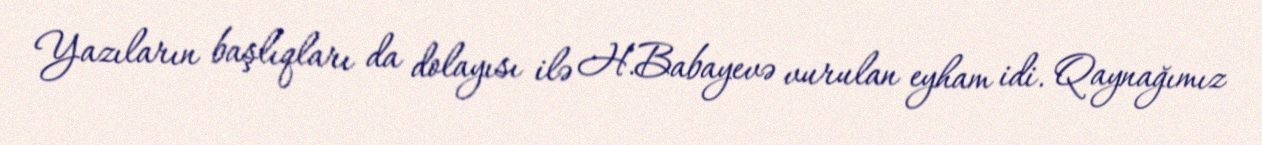
Yazıların başlıqları da dolayısı ilə H.Babayevə vurulan eyham idi. Qaynağımız